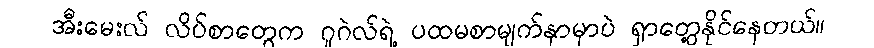
အီးမေးလ် လိပ်စာတွေက ဂူဂဲလ်ရဲ့ ပထမစာမျက်နှာမှာပဲ ရှာတွေ့နိုင်နေတယ်။